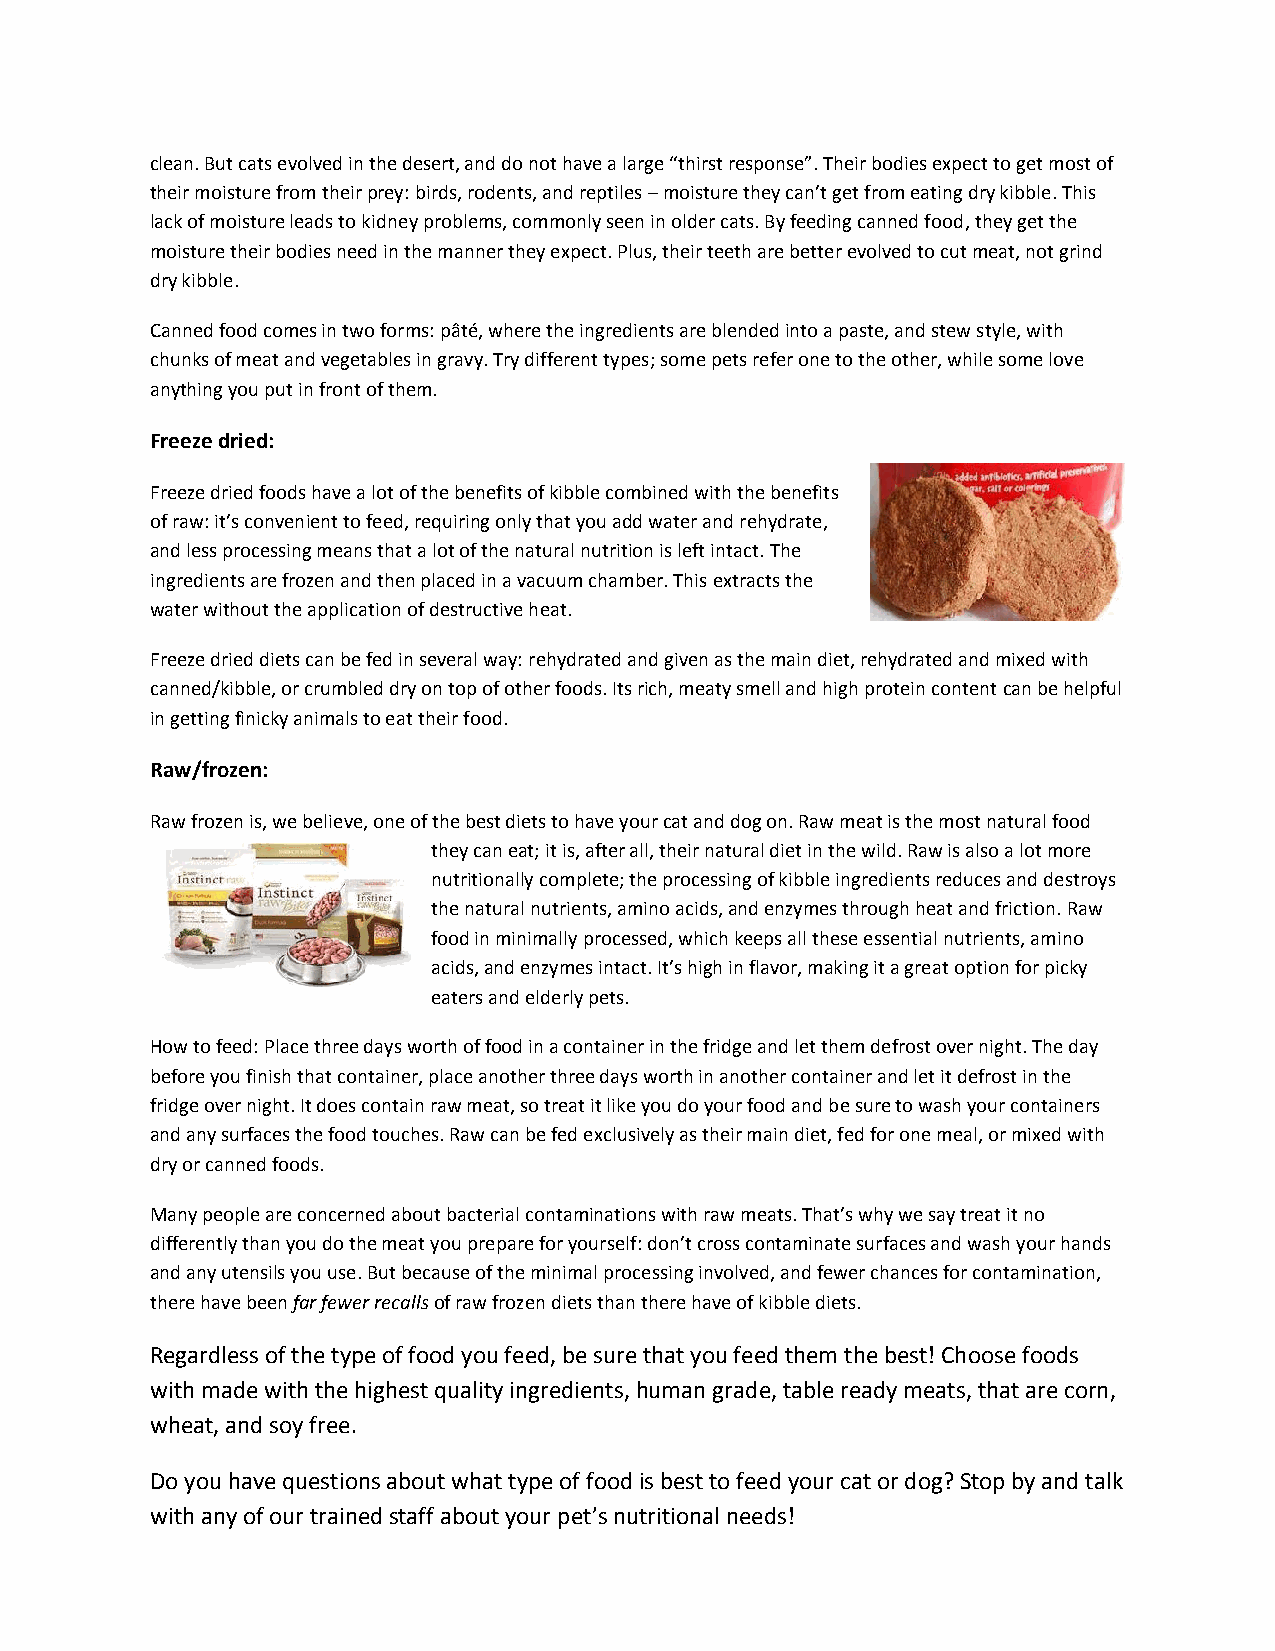
clean. But cats evolved in the desert, and do not have a large “thirst response”. Their bodies expect to get most of
 their moisture from their prey: birds, rodents, and reptiles – moisture they can’t get from eating dry kibble. This
 lack of moisture leads to kidney problems, commonly seen in older cats. By feeding canned food, they get the
 moisture their bodies need in the manner they expect. Plus, their teeth are better evolved to cut meat, not grind
 dry kibble.
 Canned food comes in two forms: pâté, where the ingredients are blended into a paste, and stew style, with
 chunks of meat and vegetables in gravy. Try different types; some pets refer one to the other, while some love
 anything you put in front of them.
 Freeze dried:
 Freeze dried foods have a lot of the benefits of kibble combined with the benefits
 of raw: it’s convenient to feed, requiring only that you add water and rehydrate,
 and less processing means that a lot of the natural nutrition is left intact. The
 ingredients are frozen and then placed in a vacuum chamber. This extracts the
 water without the application of destructive heat.
 Freeze dried diets can be fed in several way: rehydrated and given as the main diet, rehydrated and mixed with
 canned/kibble, or crumbled dry on top of other foods. Its rich, meaty smell and high protein content can be helpful
 in getting finicky animals to eat their food.
 Raw/frozen:
 Raw frozen is, we believe, one of the best diets to have your cat and dog on. Raw meat is the most natural food
 they can eat; it is, after all, their natural diet in the wild. Raw is also a lot more
 nutritionally complete; the processing of kibble ingredients reduces and destroys
 the natural nutrients, amino acids, and enzymes through heat and friction. Raw
 food in minimally processed, which keeps all these essential nutrients, amino
 acids, and enzymes intact. It’s high in flavor, making it a great option for picky
 eaters and elderly pets.
 How to feed: Place three days worth of food in a container in the fridge and let them defrost over night. The day
 before you finish that container, place another three days worth in another container and let it defrost in the
 fridge over night. It does contain raw meat, so treat it like you do your food and be sure to wash your containers
 and any surfaces the food touches. Raw can be fed exclusively as their main diet, fed for one meal, or mixed with
 dry or canned foods.
 Many people are concerned about bacterial contaminations with raw meats. That’s why we say treat it no
 differently than you do the meat you prepare for yourself: don’t cross contaminate surfaces and wash your hands
 and any utensils you use. But because of the minimal processing involved, and fewer chances for contamination,
 there have been far fewer recalls of raw frozen diets than there have of kibble diets.
 Regardless of the type of food you feed, be sure that you feed them the best! Choose foods
 with made with the highest quality ingredients, human grade, table ready meats, that are corn,
 wheat, and soy free.
 Do you have questions about what type of food is best to feed your cat or dog? Stop by and talk
 with any of our trained staff about your pet’s nutritional needs!